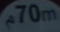
70m